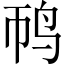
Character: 䴓